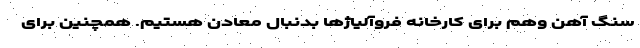
سنگ آهن وهم برای کارخانه فروآلیاژها بدنبال معادن هستیم. همچنین برای